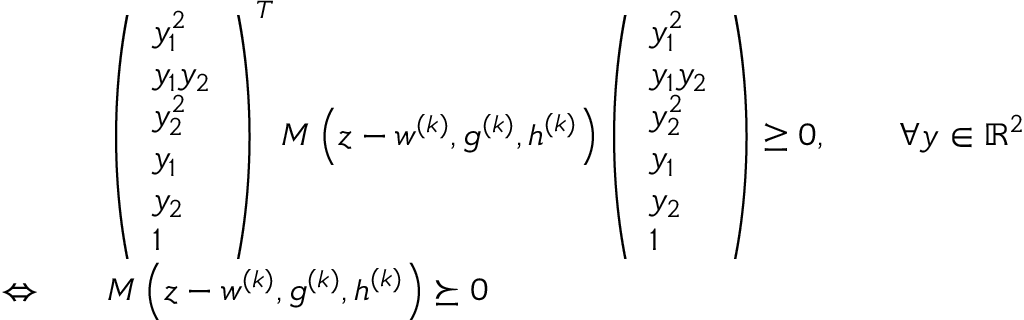
\begin{array} { r l } & { \left( \begin{array} { l } { y _ { 1 } ^ { 2 } } \\ { y _ { 1 } y _ { 2 } } \\ { y _ { 2 } ^ { 2 } } \\ { y _ { 1 } } \\ { y _ { 2 } } \\ { 1 } \end{array} \right) ^ { T } M \left( \boldsymbol { z } - \boldsymbol { w } ^ { ( k ) } , \boldsymbol { g } ^ { ( k ) } , \boldsymbol { h } ^ { ( k ) } \right) \left( \begin{array} { l } { y _ { 1 } ^ { 2 } } \\ { y _ { 1 } y _ { 2 } } \\ { y _ { 2 } ^ { 2 } } \\ { y _ { 1 } } \\ { y _ { 2 } } \\ { 1 } \end{array} \right) \geq 0 , \qquad \forall \boldsymbol { y } \in \mathbb { R } ^ { 2 } } \\ { \Leftrightarrow \quad } & { M \left( \boldsymbol { z } - \boldsymbol { w } ^ { ( k ) } , \boldsymbol { g } ^ { ( k ) } , \boldsymbol { h } ^ { ( k ) } \right) \succeq 0 } \end{array}